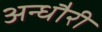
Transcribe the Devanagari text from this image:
अन्धौरी